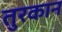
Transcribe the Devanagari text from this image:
तुरकान